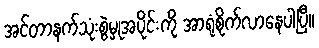
အင်တာနက်သုံးစွဲမှုအပိုင်းကို အာရုံစိုက်လာနေပါပြီ။